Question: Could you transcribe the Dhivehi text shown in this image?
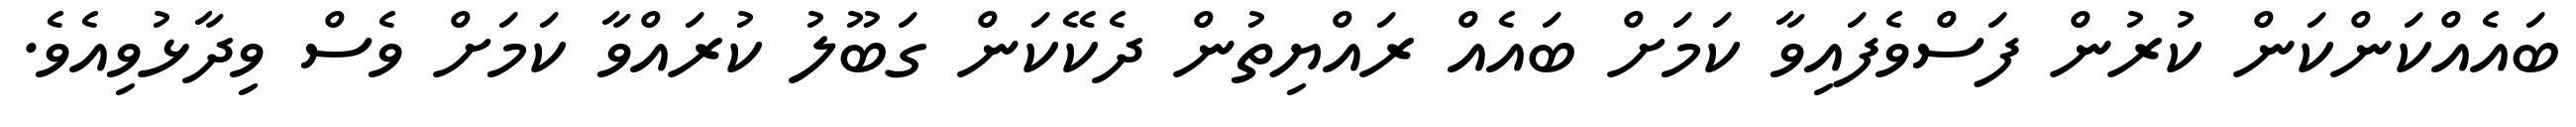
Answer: ބައެއްކަންކަން ކުރުން ފަސްވެފައިވާ ކަމަށް ބައެއް ރައްޔިތުން ދެކޭކަން ގަބޫލު ކުރައްވާ ކަމަށް ވެސް ވިދާޅުވިއެވެ.